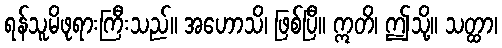
ရန်သူမိဖုရားကြီးသည်။ အဟောသိ၊ ဖြစ်ပြီ။ ဣတိ၊ ဤသို့။ သတ္ထာ၊